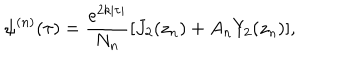
\psi ^ { ( n ) } ( \tau ) = \frac { e ^ { 2 k | \tau | } } { N _ { n } } [ J _ { 2 } ( z _ { n } ) + A _ { n } Y _ { 2 } ( z _ { n } ) ] ,